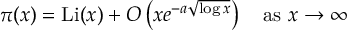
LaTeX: \pi ( x ) = \operatorname { L i } ( x ) + O \left( x e ^ { - a { \sqrt { \log x } } } \right) \quad { \mathrm { a s ~ } } x \to \infty